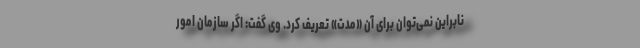
نابراین نمی‌توان برای آن «مدت» تعریف کرد. وی گفت: اگر سازمان امور